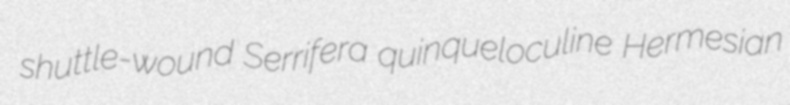
shuttle-wound Serrifera quinqueloculine Hermesian